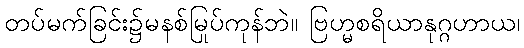
တပ်မက်ခြင်း၌မနစ်မြုပ်ကုန်ဘဲ။ ဗြဟ္မစရိယာနုဂ္ဂဟာယ၊